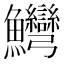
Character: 𱇋